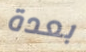
بعدة